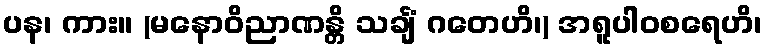
ပန၊ ကား။ (မနောဝိညာဏန္တိ သင်္ချံ ဂတေဟိ၊) အရူပါဝစရေဟိ၊